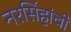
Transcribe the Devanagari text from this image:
नरसिंहांची